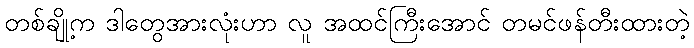
တစ်ချို့က ဒါတွေအားလုံးဟာ လူ အထင်ကြီးအောင် တမင်ဖန်တီးထားတဲ့